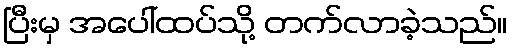
ပြီးမှ အပေါ်ထပ်သို့ တက်လာခဲ့သည်။